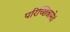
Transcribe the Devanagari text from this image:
परिच्छिन्नामेवं